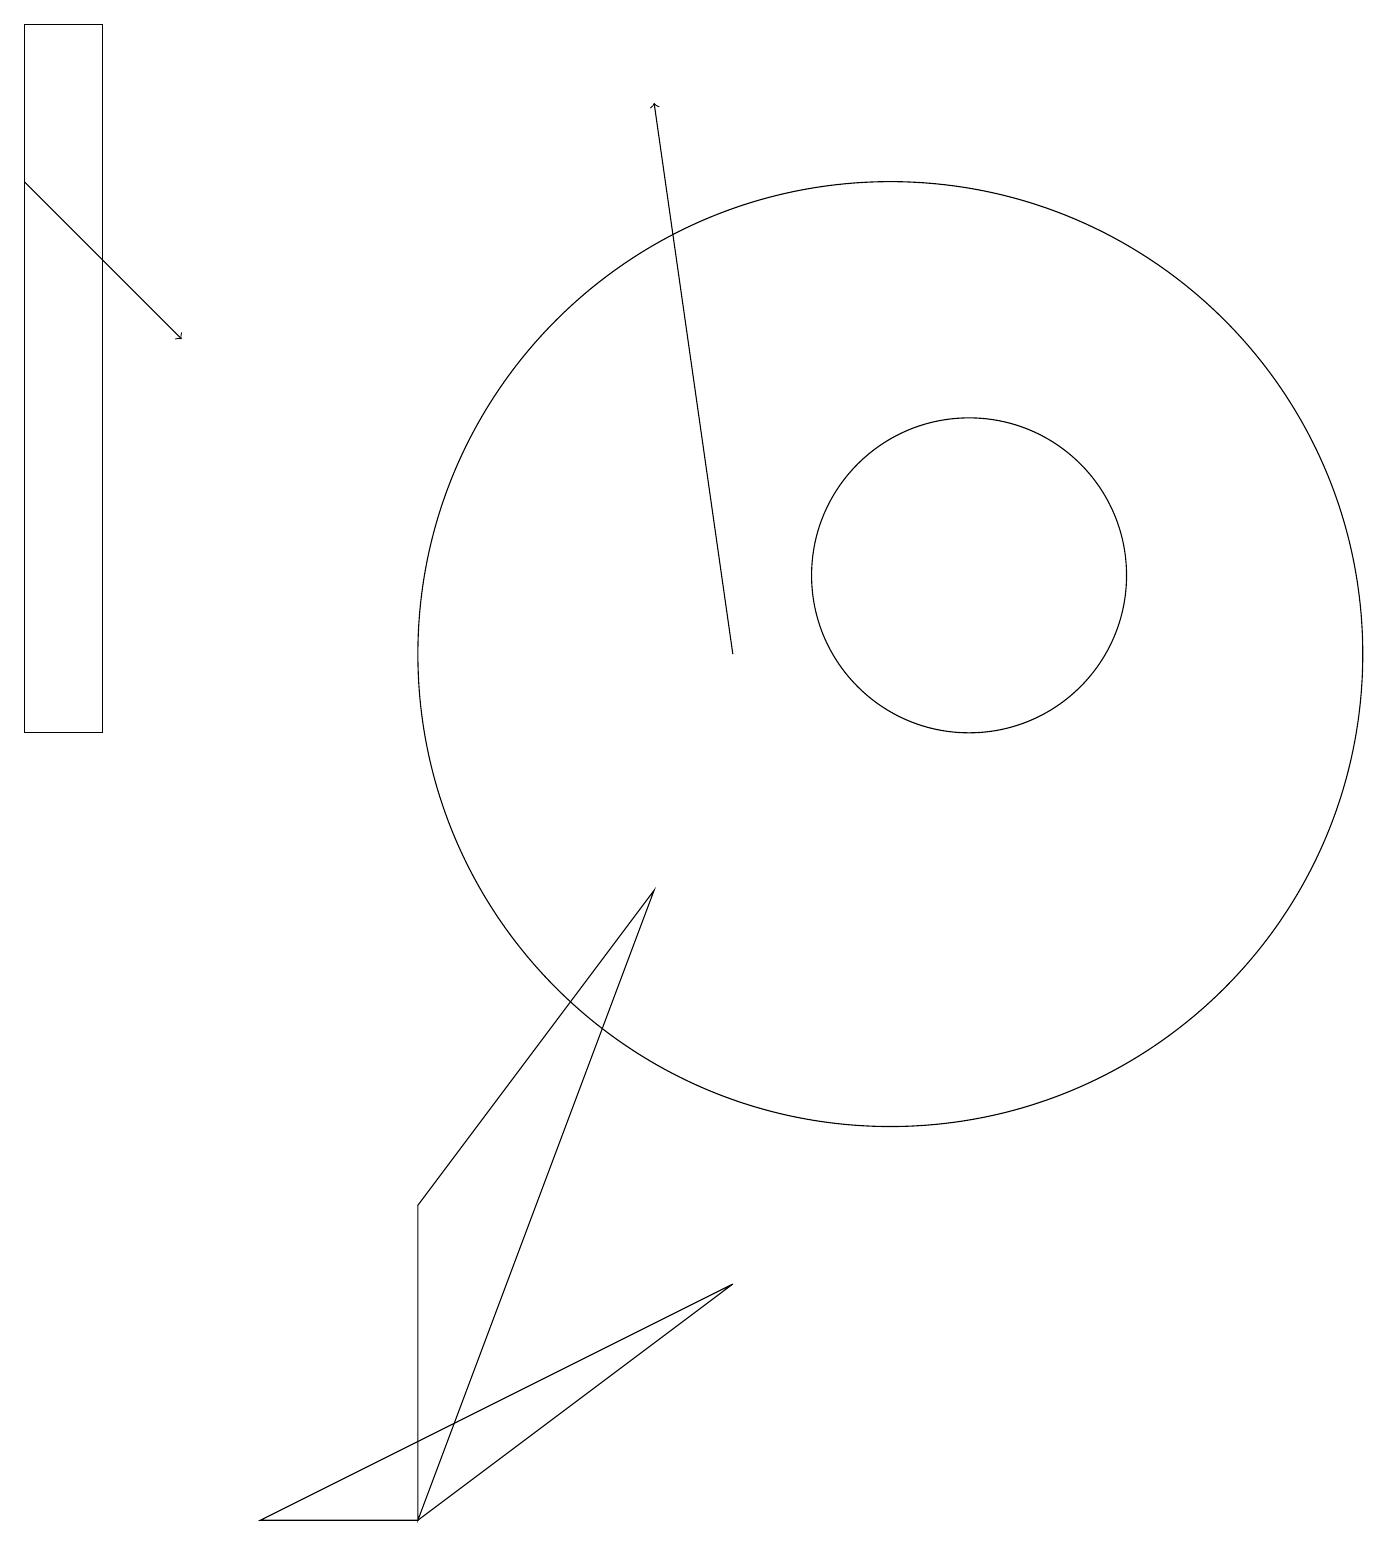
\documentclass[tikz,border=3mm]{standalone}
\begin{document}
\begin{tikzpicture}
\draw (1,10) rectangle (0,19);
\draw (12,12) circle (2);
\draw (5,0) -- (5,4) -- (8,8) -- cycle;
\draw[->] (0,17) -- (2,15);
\draw (11,11) circle (6);
\draw (0,19) rectangle (0,17);
\draw (9,3) -- (5,0) -- (3,0) -- cycle;
\draw[->] (9,11) -- (8,18);
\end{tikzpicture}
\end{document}